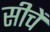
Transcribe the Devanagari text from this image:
सीचें